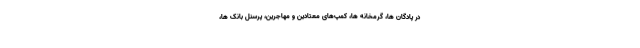
در پادگان ها، گرمخانه ها، کمپ‌های معتادین و مهاجرین، پرسنل بانک ها،